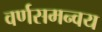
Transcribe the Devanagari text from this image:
वर्णसमन्वय